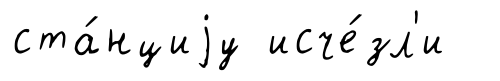
ста́нциjу исче́зл'и